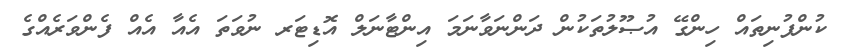
ކުންފުނިތައް ހިންގޭ އުޞޫލުތަކުން ދަންނަވާނަމަ އިންޓާނަލް އޮޑިޓަރ ނުވަތަ އެއާ އެއް ފެންވަރެއްގެ